Plague in India, 1896, 1897 - Volume 3
Year: 1896
Disease focus: Plague
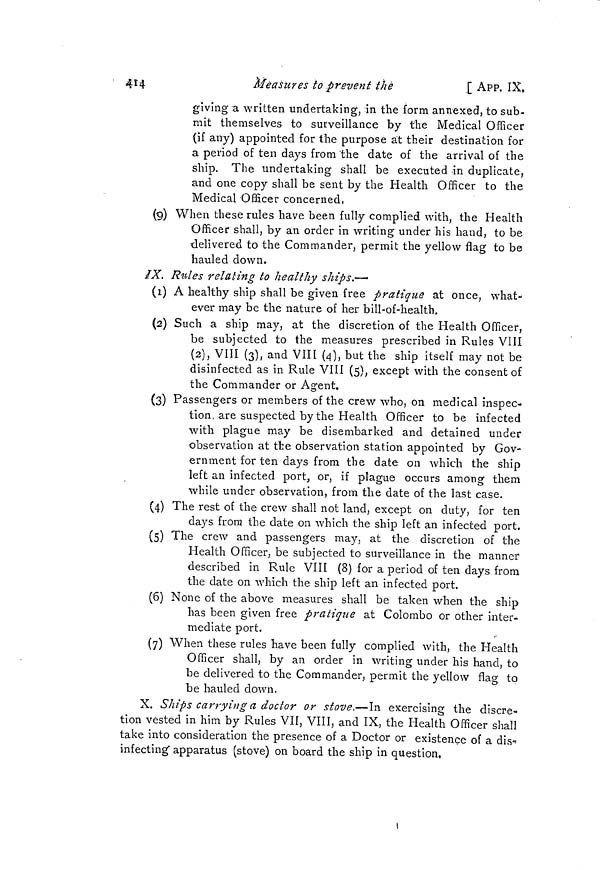
4*4
Measures to prevent the
[ APP. IX,
giving a written undertaking, in the form annexed, to sub-
mit themselves to surveillance by the Medical Officer
(if any) appointed for the purpose at their destination for
a period of ten days from 'the date of the arrival of the
ship. The undertaking shall be executed in duplicate,
and one copy shall be sent by the Health Officer to the
Medical Officer concerned,
(9) When these rules have been fully complied with, the Health
Officer shall, by an order in writing under his hand, to be
delivered to the Commander, permit the yellow flag to be
hauled down.
IX. Rules relating to healthy ships.—-
(1) A healthy ship shall be given free pratique at once, what-
ever may be the nature of her bill-of-health.
(2) Such a ship may, at the discretion of the Health Officer,
be subjected to the measures prescribed in Rules VIII
(2), VIII (3), and VIII (4], but the ship itself may not be
disinfected as in Rule VIII (5), except with the consent of
the Commander or Agent.
(3) Passengers or members of the crew who, on medical inspec-
tion, are suspected by the Health Officer to be infected
with plague may be disembarked and detained under
observation at the observation station appointed by Gov-
ernment for ten days from the date on which the ship
left an infected port, or, if plague occurs among them
while under observation, from the date of the last case.
(4) The rest of the crew shall not land, except on duty, for ten
days from the date on which the ship left an infected port.
(5) The crew and passengers may, at the discretion of the
Health Officer, be subjected to surveillance in the manner
described in Rule VIII (8) for a period of ten days from
the date on which the ship left an infected port.
(6) None of the above measures shall be taken when the ship
has been given free pratique at Colombo or other inter-
mediate port.
(7) When these rules have been fully complied with, the Health
Officer shall, by an order in writing under his hand, to
be delivered to the Commander, permit the yellow flag to.
be hauled down.
X. Ships carrying a doctor or stove.—In exercising the discre-
tion vested in him by Rules VII, VIII, and IX, the Health Officer shall
take into consideration the presence of a Doctor or existence of a dis-*
infecting" apparatus (stove) on board the ship in question.